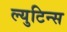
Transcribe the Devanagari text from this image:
ल्युटिन्स